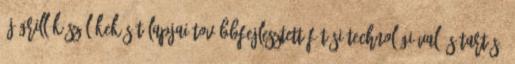
új grill készülékek sütőlapjai továbbfejlesztett fűtési technológiával és tartós,